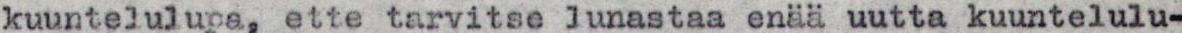
kuuntelulupa, ette tarvitse lunastaa enää uutta kuuntelulu-